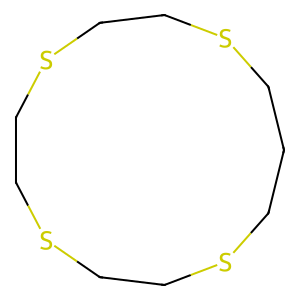
SMILES: C1CSCCSCCSCCSC1
Inhibits HIV replication: No